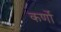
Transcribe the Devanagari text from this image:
कर्णो